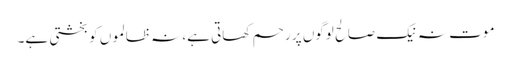
موت نہ نیک صالح لوگوں پر رحم کھاتی ہے، نہ ظالموں کو بخشتی ہے۔